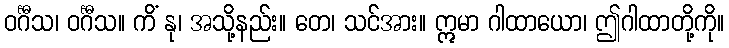
ဝင်္ဂီသ၊ ဝင်္ဂီသ။ ကိံ နု၊ အသို့နည်း။ တေ၊ သင်အား။ ဣမာ ဂါထာယော၊ ဤဂါထာတို့ကို။